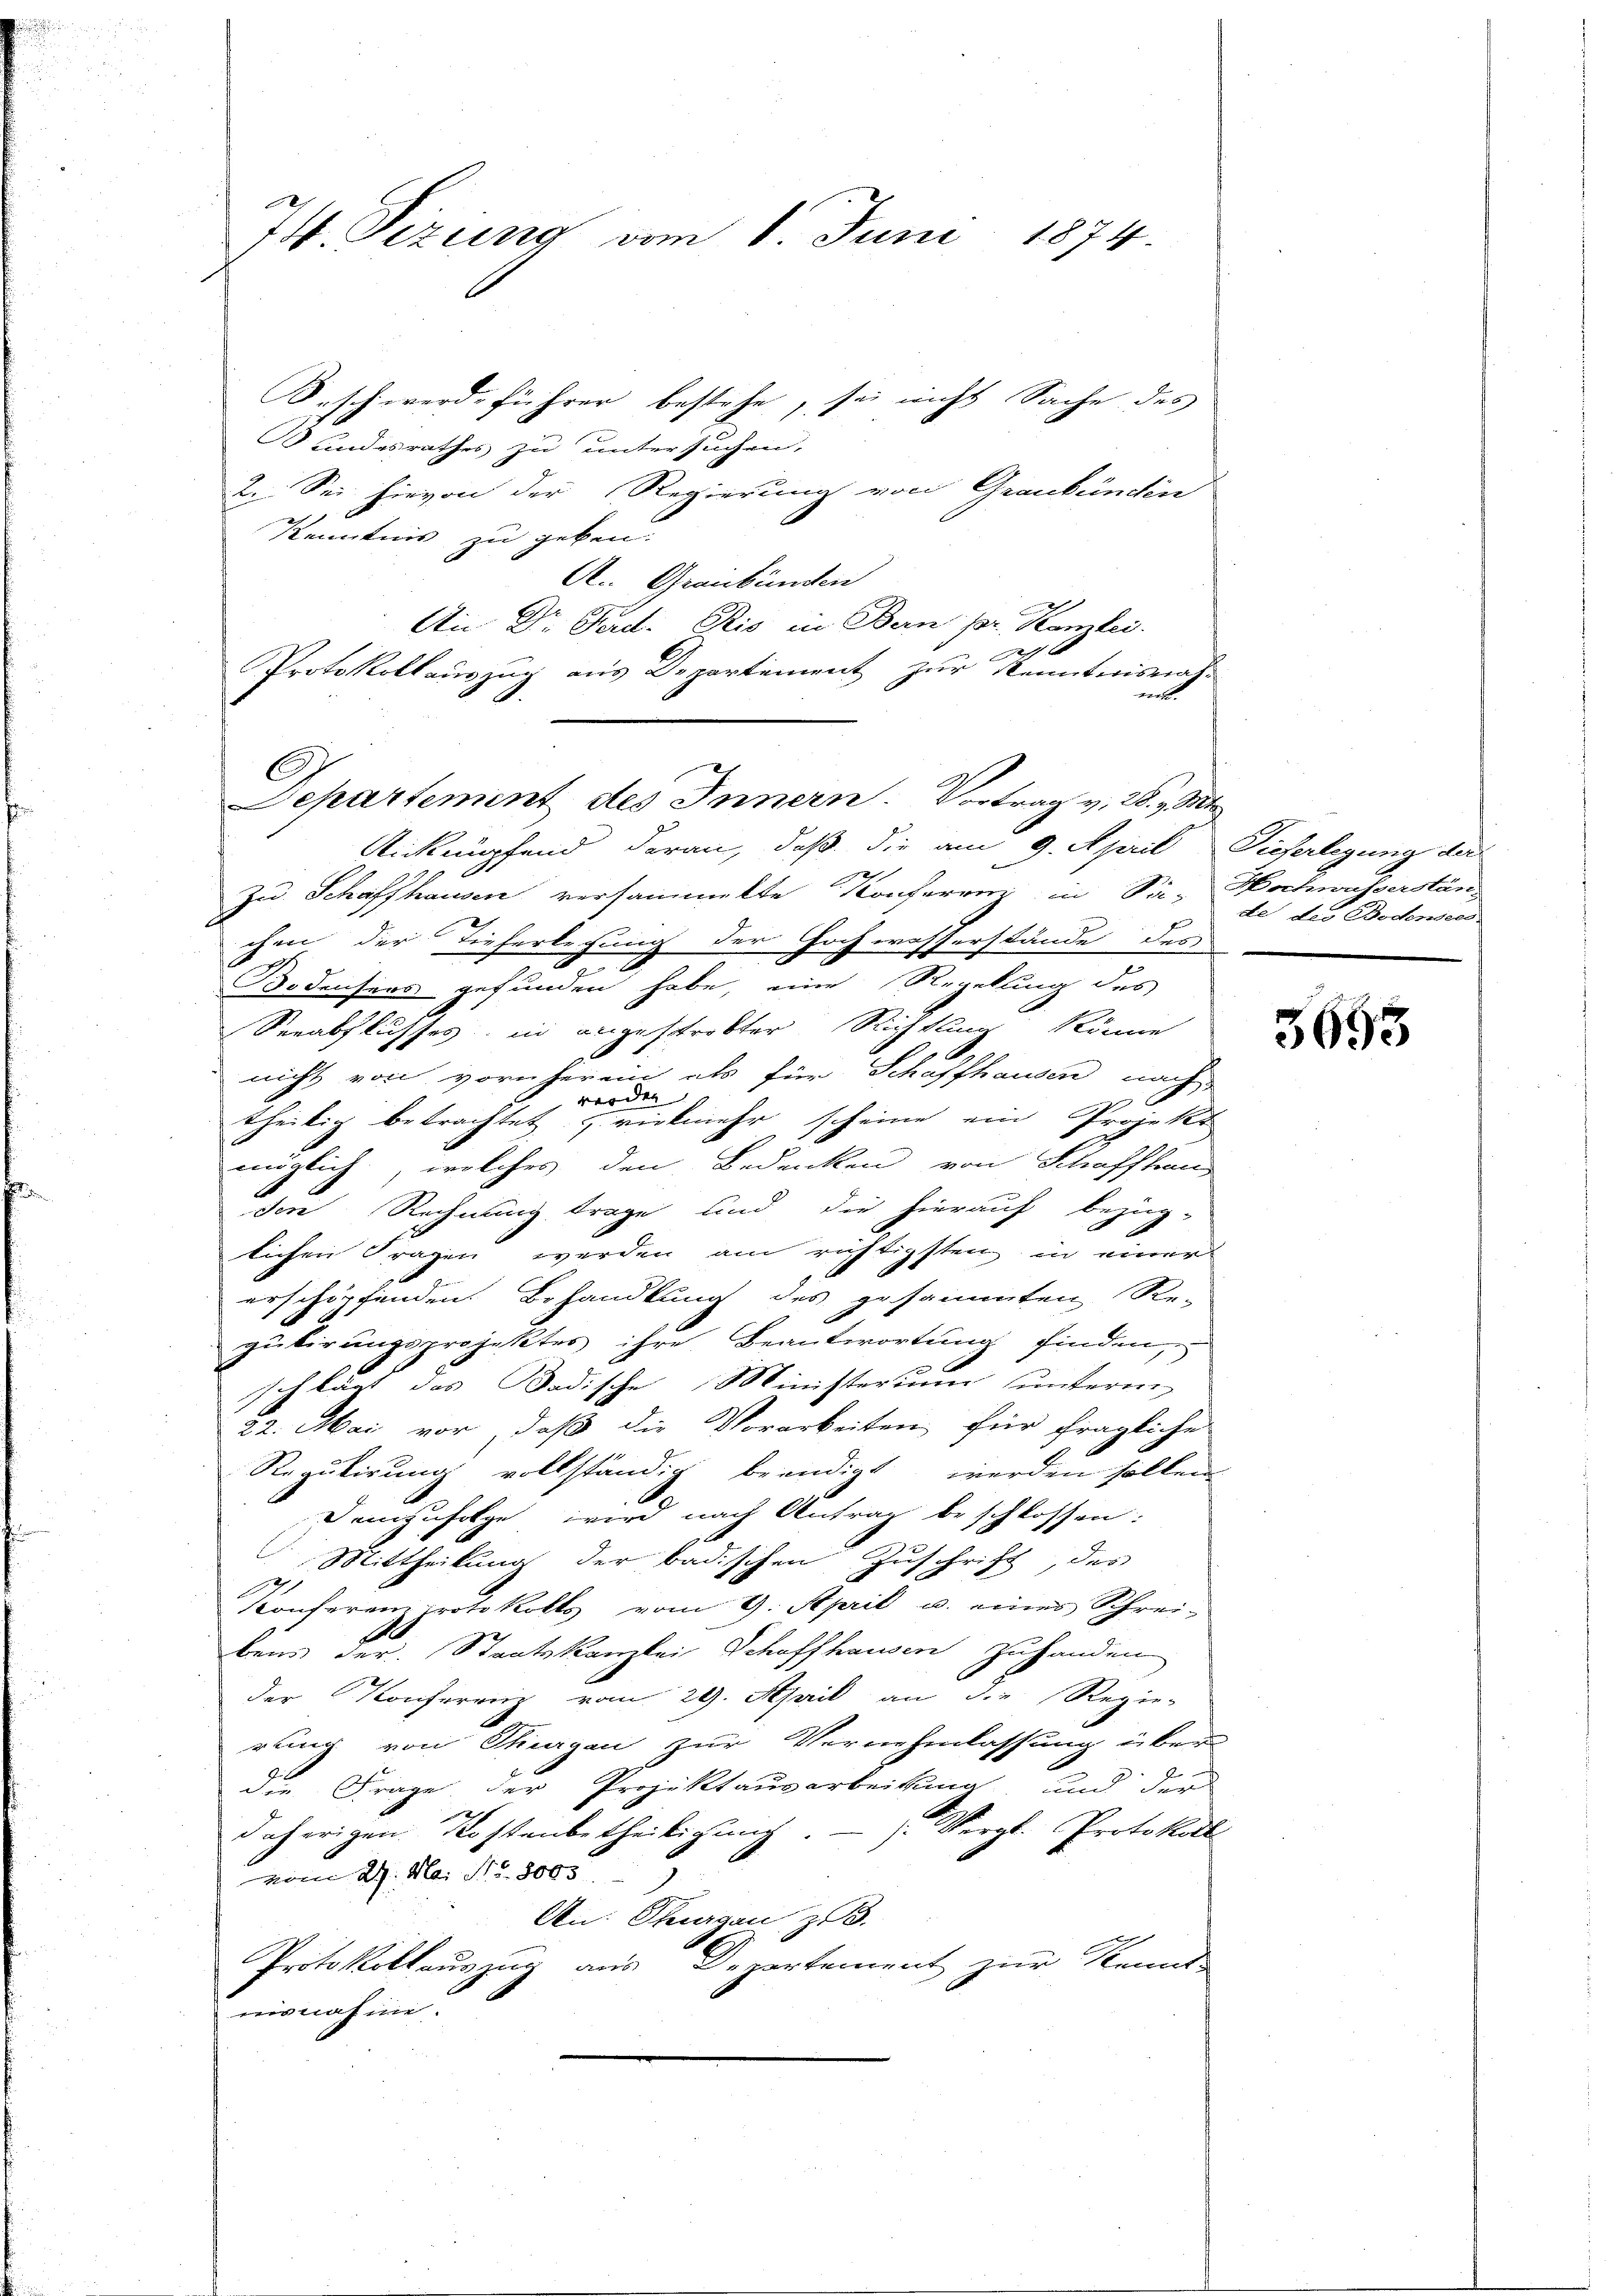
74. Sizung vom 8. Juni 1874.

Seschwerdeführer bestehe, sei nicht Sache des
undesrathes zu untersuchen,
2. Sei hievon der Regierung von Graubünden
2
Kenntnis zu geben.
A. Graubünden
An Dr. Ferd. Bis in Bern pr. Kanzlei.
Protokollauszug aus Departement zur Kenntnisnah-
nit.
2
Zu. Schaffhausen versammelte Konferren in Sa- Hochwasserstän-
chen der Tieferlegung der Hochwasserstände der
Bodensers gefunden habe, eine Regelung des
Verabflusses, in angestrebter Richtung könne
nicht von vornherein als für Schaffhausen nach
werden
theilig betrachtet zrickmehr scheine ein Projekt
möglich, welches den Bedenken von Schaffhaus
dere Rechnung trage und die hierauf bezüg-
lichen Fragen werden am richtigsten in einer
erschärfenden Behandlung des gesammten Re-
gulirungsprojektes ihre Beantwortung finden,
schlägt das Badische Ministerum unterm
22. Mai vor, daß die Vorarbeiten für fragliche
Regulirung vollständig beendigt werden sollen
Demzufolge wird nach Antrag beschlossen:
Mittheilung der badischen Zuschrift, des
.
Konferenzprotokolls vom 9. April u. eines Schrei-
bens der Staatskanzlei Schaffhausen zuhanden
der Konferenz vom 29. April an die Regie-
rung von Thiergan zur Vernehmlassung über-
F
die Frage der Projektausarbeitung und der
daherigen Kostenbetheiligŭng. - ). Vergl. Protokoll
vom 29. Mai Nr. 8065
An: Thurgau, z. B.
Protokollauszug aus Departement zur Kennt-
nisnahme.

Departement des Innern. Vortrag v. 28. v. Mt
Aicknüpfend daran, daß die am 9. April Vieferlegung der

de des Bodensend

3693